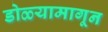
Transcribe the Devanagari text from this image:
डोळ्यामागून